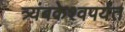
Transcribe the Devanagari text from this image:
त्र्यंबकेश्वपर्यंत